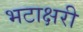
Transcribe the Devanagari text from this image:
भटाक्षरी